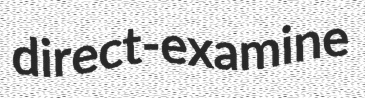
direct-examine